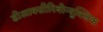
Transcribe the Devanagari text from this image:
डीआक्सीरिबोन्यूक्लिक